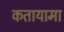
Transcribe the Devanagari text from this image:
कतायामा